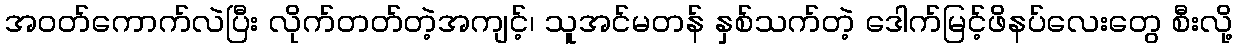
အဝတ်ကောက်လဲပြီး လိုက်တတ်တဲ့အကျင့်၊ သူအင်မတန် နှစ်သက်တဲ့ ဒေါက်မြင့်ဖိနပ်လေးတွေ စီးလို့